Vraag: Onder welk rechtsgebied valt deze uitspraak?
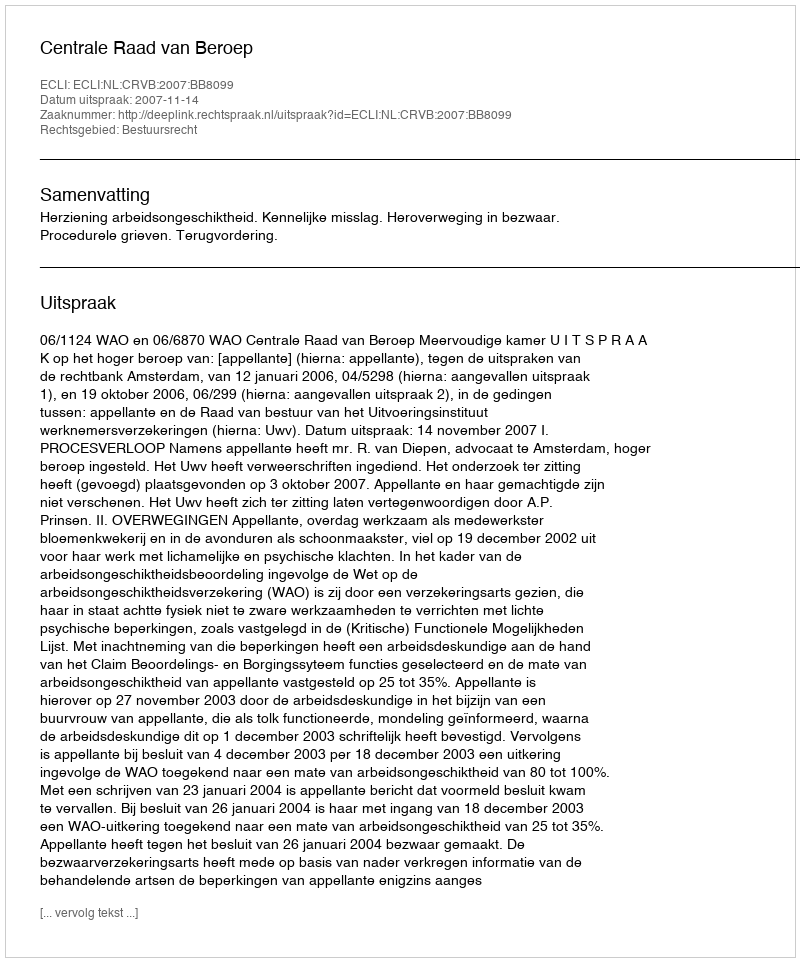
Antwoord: Bestuursrecht